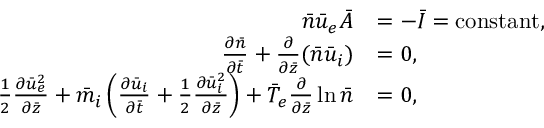
\begin{array} { r l } { \bar { n } \bar { u } _ { e } \bar { A } } & { = - \bar { I } = \mathrm { c o n s t a n t } , } \\ { \frac { \partial \bar { n } } { \partial \bar { t } } + \frac { \partial } { \partial \bar { z } } ( \bar { n } \bar { u } _ { i } ) } & { = 0 , } \\ { \frac { 1 } { 2 } \frac { \partial \bar { u } _ { e } ^ { 2 } } { \partial \bar { z } } + \bar { m } _ { i } \left( \frac { \partial \bar { u } _ { i } } { \partial \bar { t } } + \frac { 1 } { 2 } \frac { \partial \bar { u } _ { i } ^ { 2 } } { \partial \bar { z } } \right) + \bar { T } _ { e } \frac { \partial } { \partial \bar { z } } \ln \bar { n } } & { = 0 , } \end{array}